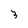
Character: 3